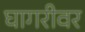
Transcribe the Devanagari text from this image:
घागरीवर